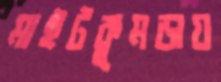
মাইটকুমড়ায়